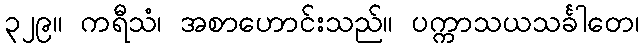
၃၂၉။ ကရီသံ၊ အစာဟောင်းသည်။ ပက္ကာသယသင်္ခါတေ၊